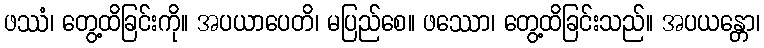
ဖဿံ၊ တွေ့ထိခြင်းကို။ အပယာပေတိ၊ မပြည်စေ။ ဖဿော၊ တွေ့ထိခြင်းသည်။ အပယန္တော၊